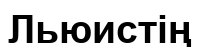
Льюистің